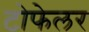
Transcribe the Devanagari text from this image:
टोफेलर